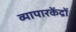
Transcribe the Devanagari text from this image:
व्यापारकेंद्रों